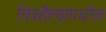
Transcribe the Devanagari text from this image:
चित्रशैल्यांमधील